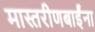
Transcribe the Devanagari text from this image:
मास्तरीणबाईंना